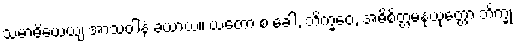
သမာဓိယေယျ အာသဝါနံ ခယာယ။ ယတော စ ခေါ, ဘိက္ခဝေ, အဓိစိတ္တမနုယုတ္တော ဘိက္ခု